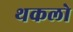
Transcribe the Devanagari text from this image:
थकलो